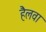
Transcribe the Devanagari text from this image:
हैलवा